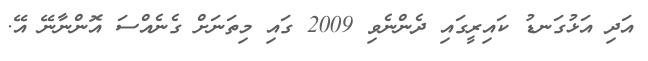
އަދި އަޅުގަނޑު ކައިރީގައި ދެންނެވި 2009 ގައި މިތަނަށް ގެނެއްސަ އޮންނާނޭ އޭ.